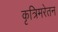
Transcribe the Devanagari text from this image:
कृत्रिमरेतन